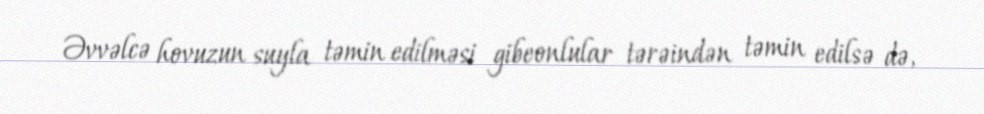
Əvvəlcə hovuzun suyla təmin edilməsi gibeonlular tərəindən təmin edilsə də,